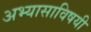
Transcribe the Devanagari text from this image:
अभ्यासाविषयी